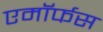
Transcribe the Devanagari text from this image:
एमॉर्फस